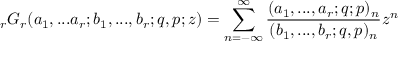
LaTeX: \displaystyle { } _ { r } G _ { r } ( a _ { 1 } , . . . a _ { r } ; b _ { 1 } , . . . , b _ { r } ; q , p ; z ) = \sum _ { n = - \infty } ^ { \infty } { \frac { ( a _ { 1 } , . . . , a _ { r } ; q ; p ) _ { n } } { ( b _ { 1 } , . . . , b _ { r } ; q , p ) _ { n } } } z ^ { n }